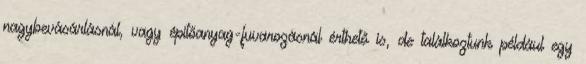
nagybevásárlásnál, vagy építőanyag-fuvarozásnál érthető is, de találkoztunk például egy